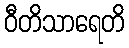
ဝီတိသာရေတိ